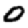
Digit: 0